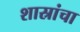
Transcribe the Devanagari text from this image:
शास्रांचा